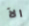
الآ